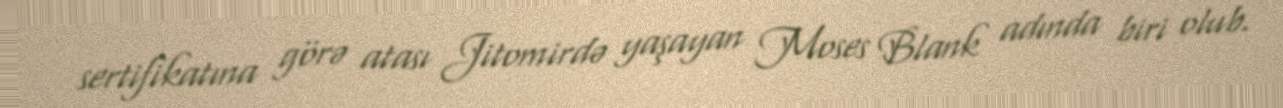
sertifikatına görə atası Jitomirdə yaşayan Moses Blank adında biri olub.